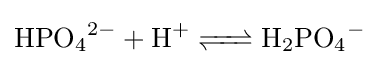
{\ce {HPO4^2- + H+ <=> H2PO4-}}